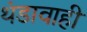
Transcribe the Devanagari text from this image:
थंडावाही